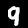
Digit: 9